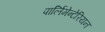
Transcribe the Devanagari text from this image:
पार्लिमेन्टेरियन